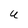
Character: u